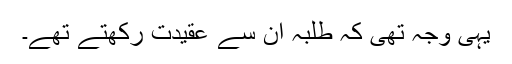
یہی وجہ تھی کہ طلبہ ان سے عقیدت رکھتے تھے۔